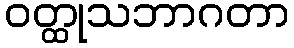
ဝတ္ထုသဘာဂတာ